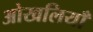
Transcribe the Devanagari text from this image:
ओखलियाँ